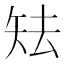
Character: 𥎰